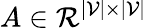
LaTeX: A\in\mathcal{R}^{|\mathcal{V}|\times|\mathcal{V}|}